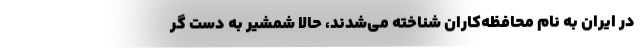
در ایران به نام محافظه‌کاران شناخته می‌شدند، حالا شمشیر به دست گر